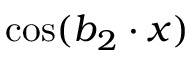
\cos ( \boldsymbol b _ { 2 } \cdot \boldsymbol x )